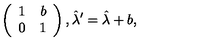
\left( \begin{array} { r r } { 1 } & { b } \\ { 0 } & { 1 } \\ \end{array} \right) , \hat { \lambda } ^ { \prime } = \hat { \lambda } + b ,